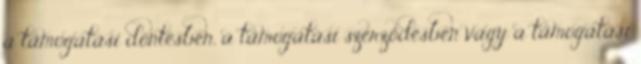
a támogatási döntésben, a támogatási szerződésben vagy a támogatási